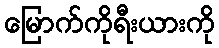
မြောက်ကိုရီးယားကို